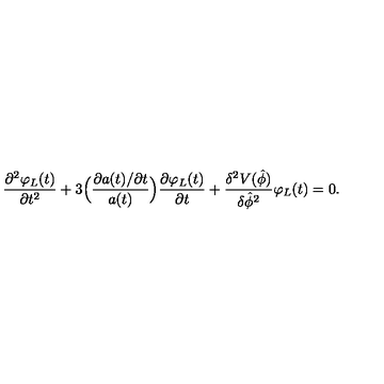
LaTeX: \frac { \partial ^ { 2 } \varphi _ { L } ( t ) } { \partial t ^ { 2 } } + 3 \Bigl ( \frac { \partial a ( t ) / \partial t } { a ( t ) } \Bigr ) \frac { \partial \varphi _ { L } ( t ) } { \partial t } + \frac { \delta ^ { 2 } V ( \hat { \phi } ) } { \delta \hat { \phi } ^ { 2 } } \varphi _ { L } ( t ) = 0 .